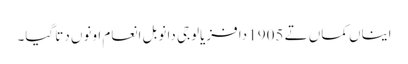
ایناں کماں تے 1905 دا فزیالوجی دا نوبل انعام اونوں دتا گیا۔